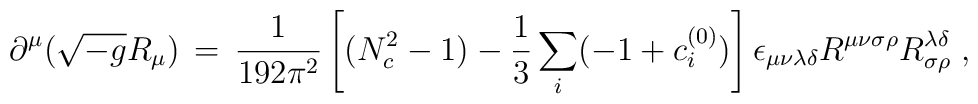
\partial^\mu (\sqrt{-g}R_{\mu})\,=\,\frac{1}{192\pi^2}\left[(N_c^2-1)  -\frac{1}{3}\sum_i (-1 +c_i^{(0)}) \right]\epsilon_{\mu\nu\lambda\delta} R^{\mu\nu\sigma\rho}R^{\lambda\delta}_{\sigma\rho} \; ,